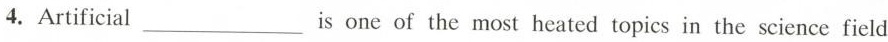
4. Artificial ___ is one of the most heated topics in the science field